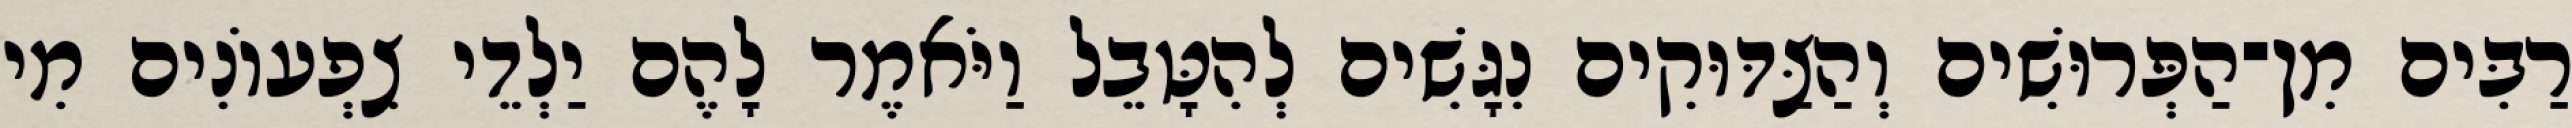
רַבִּים מִן־הַפְּרוּשִׁים וְהַצַּדּוּקִים נִגָּשִׁים לְהִטָּבֵל וַיֹּאמֶר לָהֶם יַלְדֵי צִפְעוֹנִים מִי